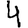
Digit: 4